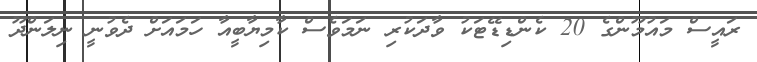
ރައީސް މައުމޫންގެ 20 ކެންޑިޑޭޓަކު ވާދަކުރި ނަމަވެސް ކާމިޔާބީއާ ހަމައަށް ދެވުނީ ނިލަންދޫ